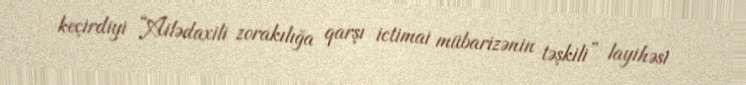
keçirdiyi “Ailədaxili zorakılığa qarşı ictimai mübarizənin təşkili” layihəsi